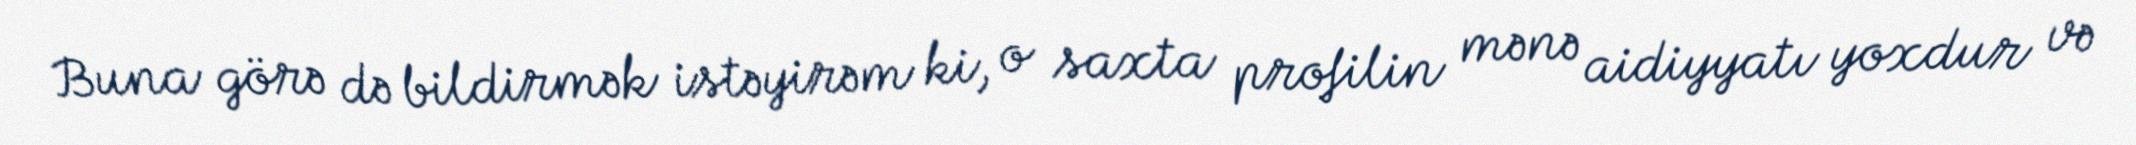
Buna görə də bildirmək istəyirəm ki, o saxta profilin mənə aidiyyatı yoxdur və